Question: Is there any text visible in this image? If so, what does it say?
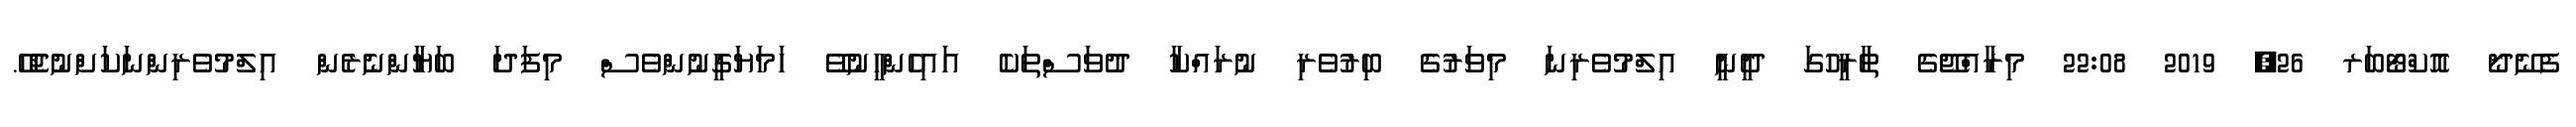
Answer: ފެނޭދޯ އޮކްޓޯބަރ 26, 2019 22:08 މިރާއްޖޭގެ ތާރީހުގަ ދީނީ އިލްމުވެރިނަ މިވަރުގެ ބިރުވެރި ނުރައްކާ ދުވަސްތަކެ އައިހެންހީނުވޭ ހަމަޔަގީނުންވެސް މިފަދަ ބަޔާންނެރެން އިލްމުވެރިންނަކަށްނުޖެހޭ.